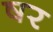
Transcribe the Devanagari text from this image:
षर